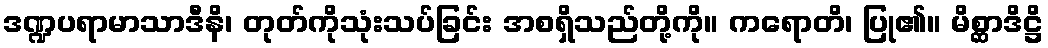
ဒဏ္ဍပရာမာသာဒီနိ၊ တုတ်ကိုသုံးသပ်ခြင်း အစရှိသည်တို့ကို။ ကရောတိ၊ ပြု၏။ မိစ္ဆာဒိဋ္ဌိ